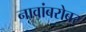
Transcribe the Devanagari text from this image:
नावांबरोबर